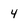
Character: 4